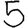
Digit: 5